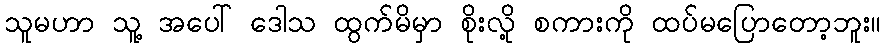
သူမဟာ သူ့ အပေါ် ဒေါသ ထွက်မိမှာ စိုးလို့ စကားကို ထပ်မပြောတော့ဘူး။